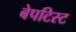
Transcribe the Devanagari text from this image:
बेपटिस्ट